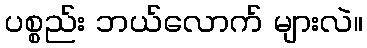
ပစ္စည်း ဘယ်လောက် များလဲ။